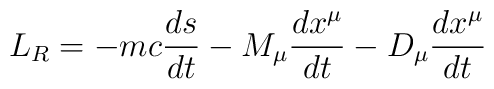
L_R=-mc {ds\over dt} - M_\mu {dx^\mu\over dt} - D_\mu{dx^\mu\over dt}